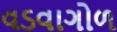
વડવાગોળ